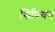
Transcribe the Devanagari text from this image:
सिप्रियन